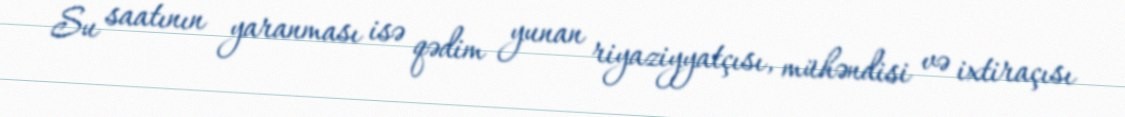
Su saatının yaranması isə qədim yunan riyaziyyatçısı, mühəndisi və ixtiraçısı